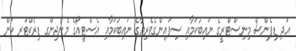
އަދި ޑިފެންސް މިނިސްޓްރީގެ ނައިބުކަމާއި ސިފައިންގެވެރިޔާގެ ނައިބުކަމާއި އެސްޓީއޯގެ މެނެޖިންގ ޑިރެކްޓަރ ކަން